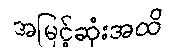
အမြင့်ဆုံးအထိ